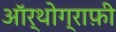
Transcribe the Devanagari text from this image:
ऑर्थोग्राफ़ी